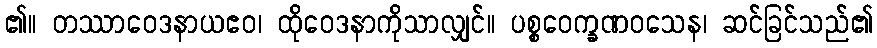
၏။ တဿာဝေဒနာယဧဝ၊ ထိုဝေဒနာကိုသာလျှင်။ ပစ္စဝေက္ခဏဝသေန၊ ဆင်ခြင်သည်၏